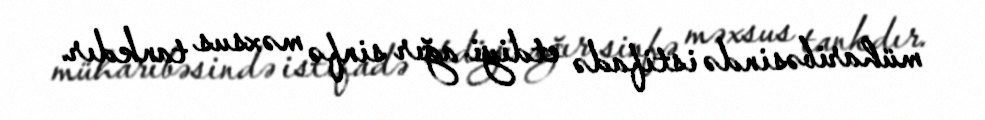
müharibəsində istifadə etdiyi ağır sinfə məxsus tankdır.